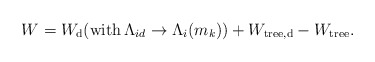
\begin{align*}W=W_{\mathrm{d}}(\mathrm{with }\,\Lambda _{id}\rightarrow \Lambda _{i}(m_{k}))\mathrm{ }+W_{\mathrm{tree,d}}-W_{\mathrm{tree}}.\end{align*}